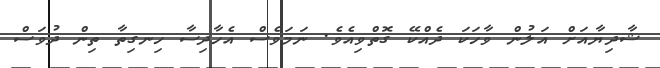
ޝާދިޔާއަށް އަލުން ވާހަކަ ދެއްކޭ ގޮތްވިއެވެ. ނަމަވެސް އެހާދިސާ ހިނގިތާ ތިން ދުވަސް